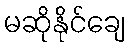
မဆိုနိုင်ချေ